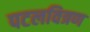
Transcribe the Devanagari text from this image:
पटलवित्रण